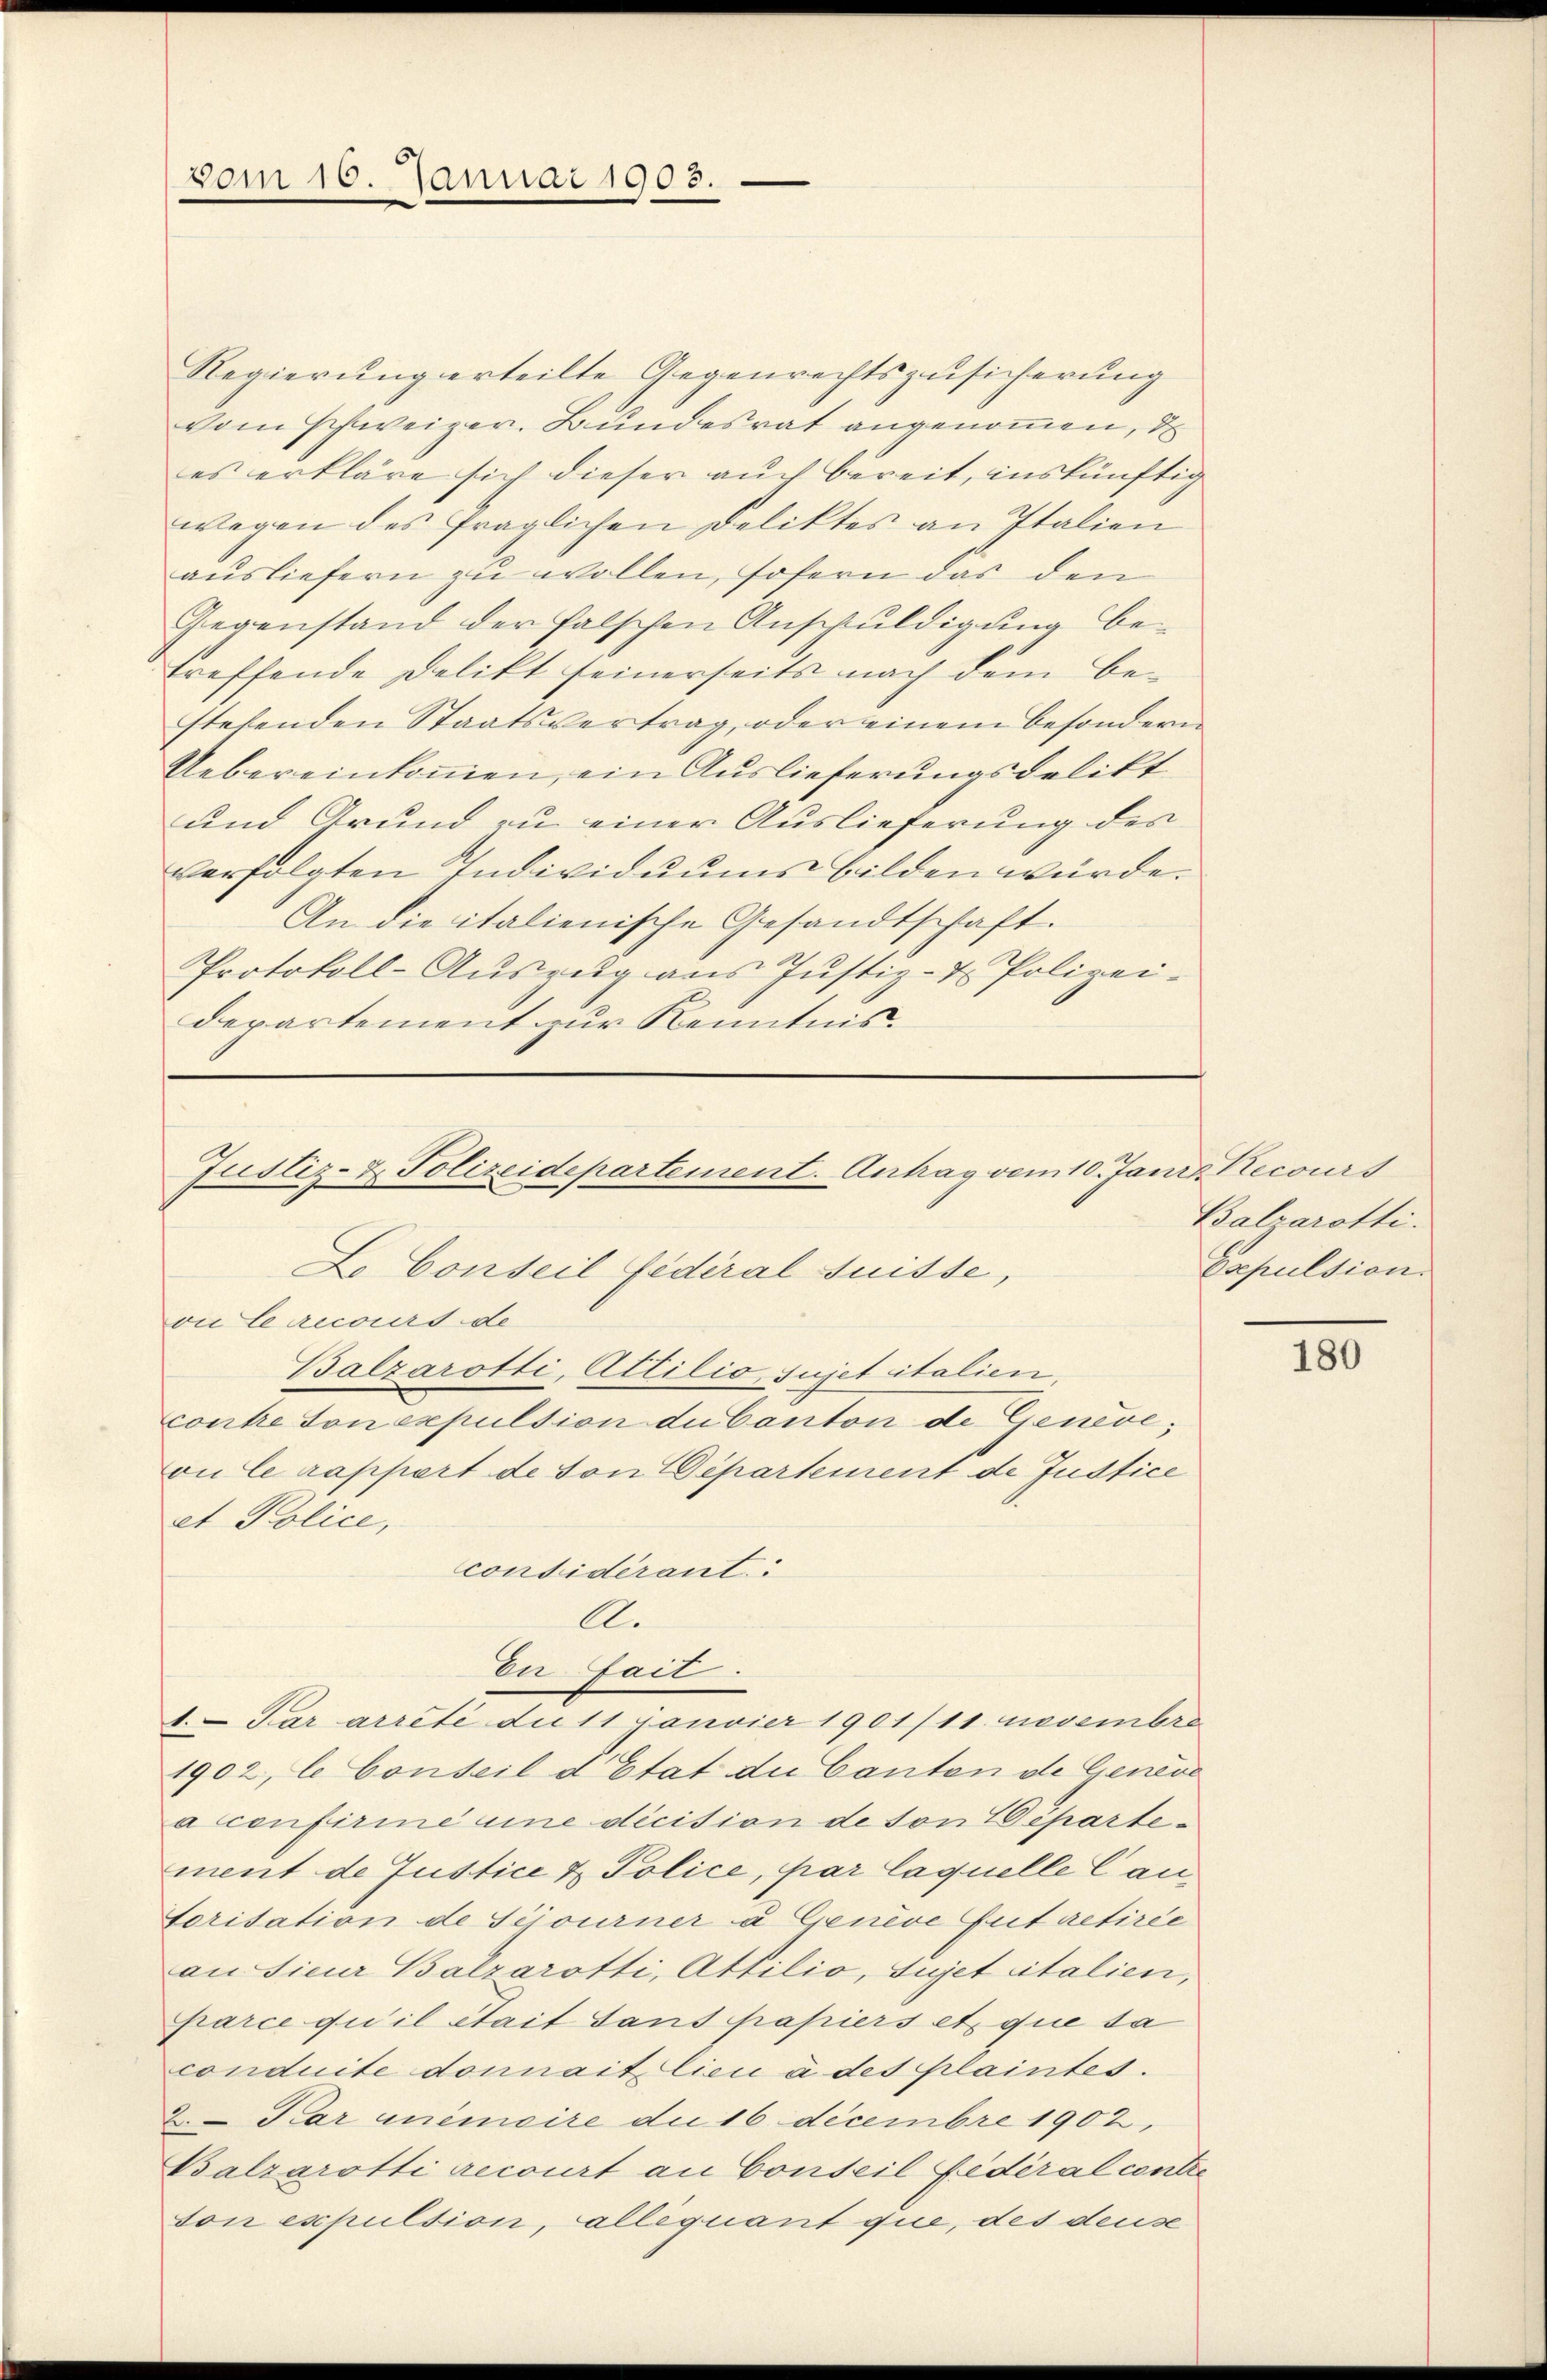
vom 10. Januar 1903.

Regierung erteilte Gegenrechtszusicherung
vom schweizer. Bundesrat angenommen, de
es erkläre sich dieser auch bereit, auskünftig
wegen des fraglichen Deliktes an Italien
ausliefern zu wollen, sofern das den
Gegenstand der falschen Anschuldigung betreffende Delikt seinerseits nach dem Be-
stehenden Staatsvertrag, oder einem besondern
Uebereinkommen, ein Auslieferungsdelikt
und Grund zu einer Auslieferung des
verfolgten Individuums bilden würde.
An die italienische Gesandtschaft.
Protokoll-Auszug aus Justiz- & Polizei-
departement zur Kenntnis.

Justiz- & Polizeidepartement. Antrag vom 10. Janis recours
Lo Conseil fédéral Suisse,
on Ermord de

contre son expulsion du Canton de Geneve¬
Con le rapport de von Departement de Justice
et Police,
considérant:
A.
Ei fait.
1. Par arrête die 11 Janvier 1901/11 nevembre
1902, le Conseil d’Etat die Canten de Geneve
a confirine eine dicision de ton Departement de Justice & Police, par laquelle Cantoritation de Sijourner u Genève fut retirée
an sicur Balzarotti, Attilio, Sujet italien,
parce qu’il était sans papiers et que sa
conduite donnait lieu à des Plaintes.
2. Kar Inemoire du 16 decembre 1902,
Balzarotti recourt an Conseil fédéral contre
ton expulsion, alliquant que, des dense

Balzarotti, Attilio, sujet italien,

Balsarotti.
Expulsion.

180